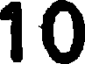
10